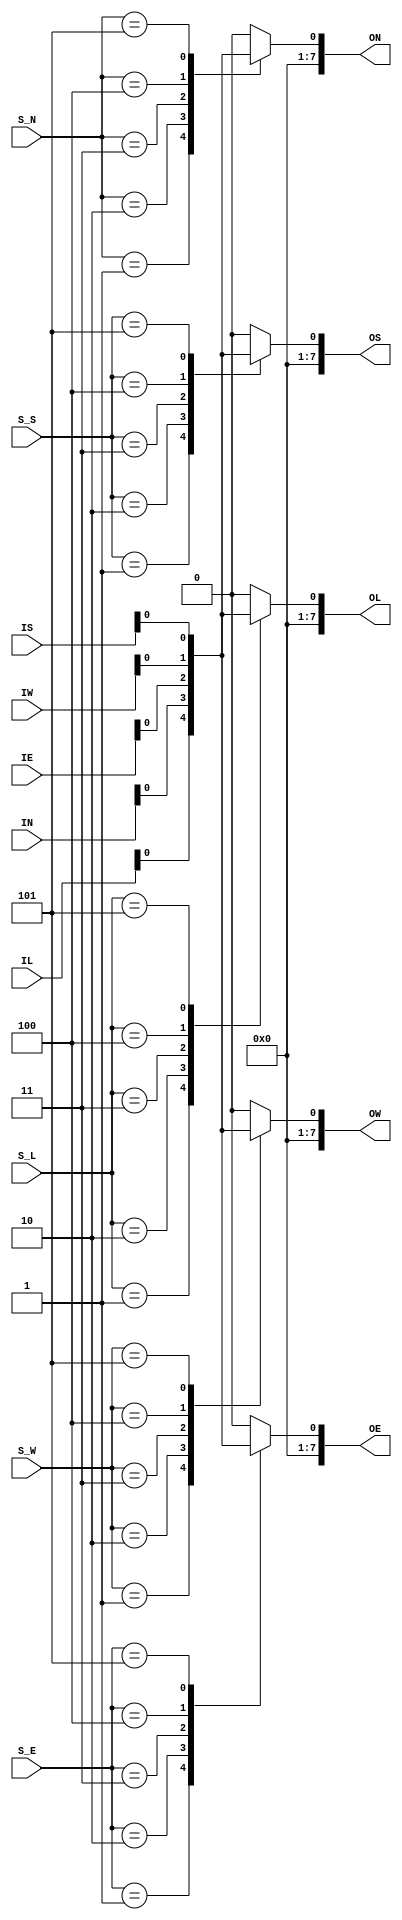
`timescale 1ns / 1ps
//////////////////////////////////////////////////////////////////////////////////
// Company: 
// Engineer: 
// 
// Design Name: 
// Module Name: Crossbar
// Project Name: 
// Target Devices: 
// Tool Versions: 
// Description: 
// 
// Dependencies: 
// 
// Revision:
// Revision 0.01 - File Created
// Additional Comments:
// 
//////////////////////////////////////////////////////////////////////////////////


module Crossbar #(
    parameter Width = 8, Addr_width = 8, Select = 3
    )
    (
    input wire[Width-1:0] IL,
    input wire[Width-1:0] IN,
    input wire[Width-1:0] IE,
    input wire[Width-1:0] IW,
    input wire[Width-1:0] IS,
    input wire [Select-1:0] S_L,
    input wire [Select-1:0] S_N,
    input wire [Select-1:0] S_E,
    input wire [Select-1:0] S_W,
    input wire [Select-1:0] S_S,
    output wire[Width-1:0] OL,
    output wire[Width-1:0] ON,
    output wire[Width-1:0] OE,
    output wire[Width-1:0] OW,
    output wire[Width-1:0] OS
    );
    
    reg MOL, MON, MOE, MOW, MOS;
    assign OL = MOL;
    assign ON = MON;
    assign OE = MOE;
    assign OW = MOW;
    assign OS = MOS;

    always @(*) begin
        // Local
        // 
        case (S_L)
            3'd1: MOL = IL;
            3'd2: MOL = IN;
            3'd3: MOL = IE;
            3'd4: MOL = IW;
            3'd5: MOL = IS;
            default: MOL = 8'd0;
        endcase
        
        case (S_N)
            3'd1: MON = IL;
            3'd2: MON = IN;
            3'd3: MON = IE;
            3'd4: MON = IW;
            3'd5: MON = IS;
            default: MON = 8'd0;
        endcase
        
        case (S_E)
            3'd1: MOE = IL;
            3'd2: MOE = IN;
            3'd3: MOE = IE;
            3'd4: MOE = IW;
            3'd5: MOE = IS;
            default: MOE = 8'd0;
        endcase
        
        case (S_W)
            3'd1: MOW = IL;
            3'd2: MOW = IN;
            3'd3: MOW = IE;
            3'd4: MOW = IW;
            3'd5: MOW = IS;
            default: MOW = 8'd0;
        endcase
        
        case (S_S)
            3'd1: MOS = IL;
            3'd2: MOS = IN;
            3'd3: MOS = IE;
            3'd4: MOS = IW;
            3'd5: MOS = IS;
            default: MOS = 8'd0;
        endcase
    end
endmodule